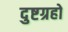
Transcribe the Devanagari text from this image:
दुष्टग्रहो